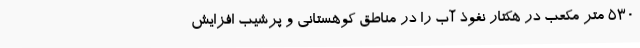
530 متر مکعب در هکتار نفوذ آب را در مناطق کوهستانی و پرشیب افزایش